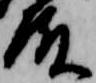
殿